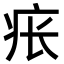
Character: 𪽪